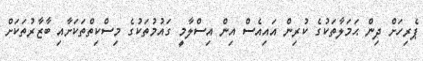
ޕެރިހަށް ދިން ޙަމަލާތަކުގެ ކުރިން އައިއެސް އިން އިސްލާމީ ގައުމުތަކުގެ މިސްކިތްތަކަށާއި ބާޒާރުތަކަށް